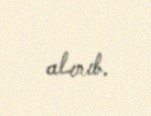
alınıb.